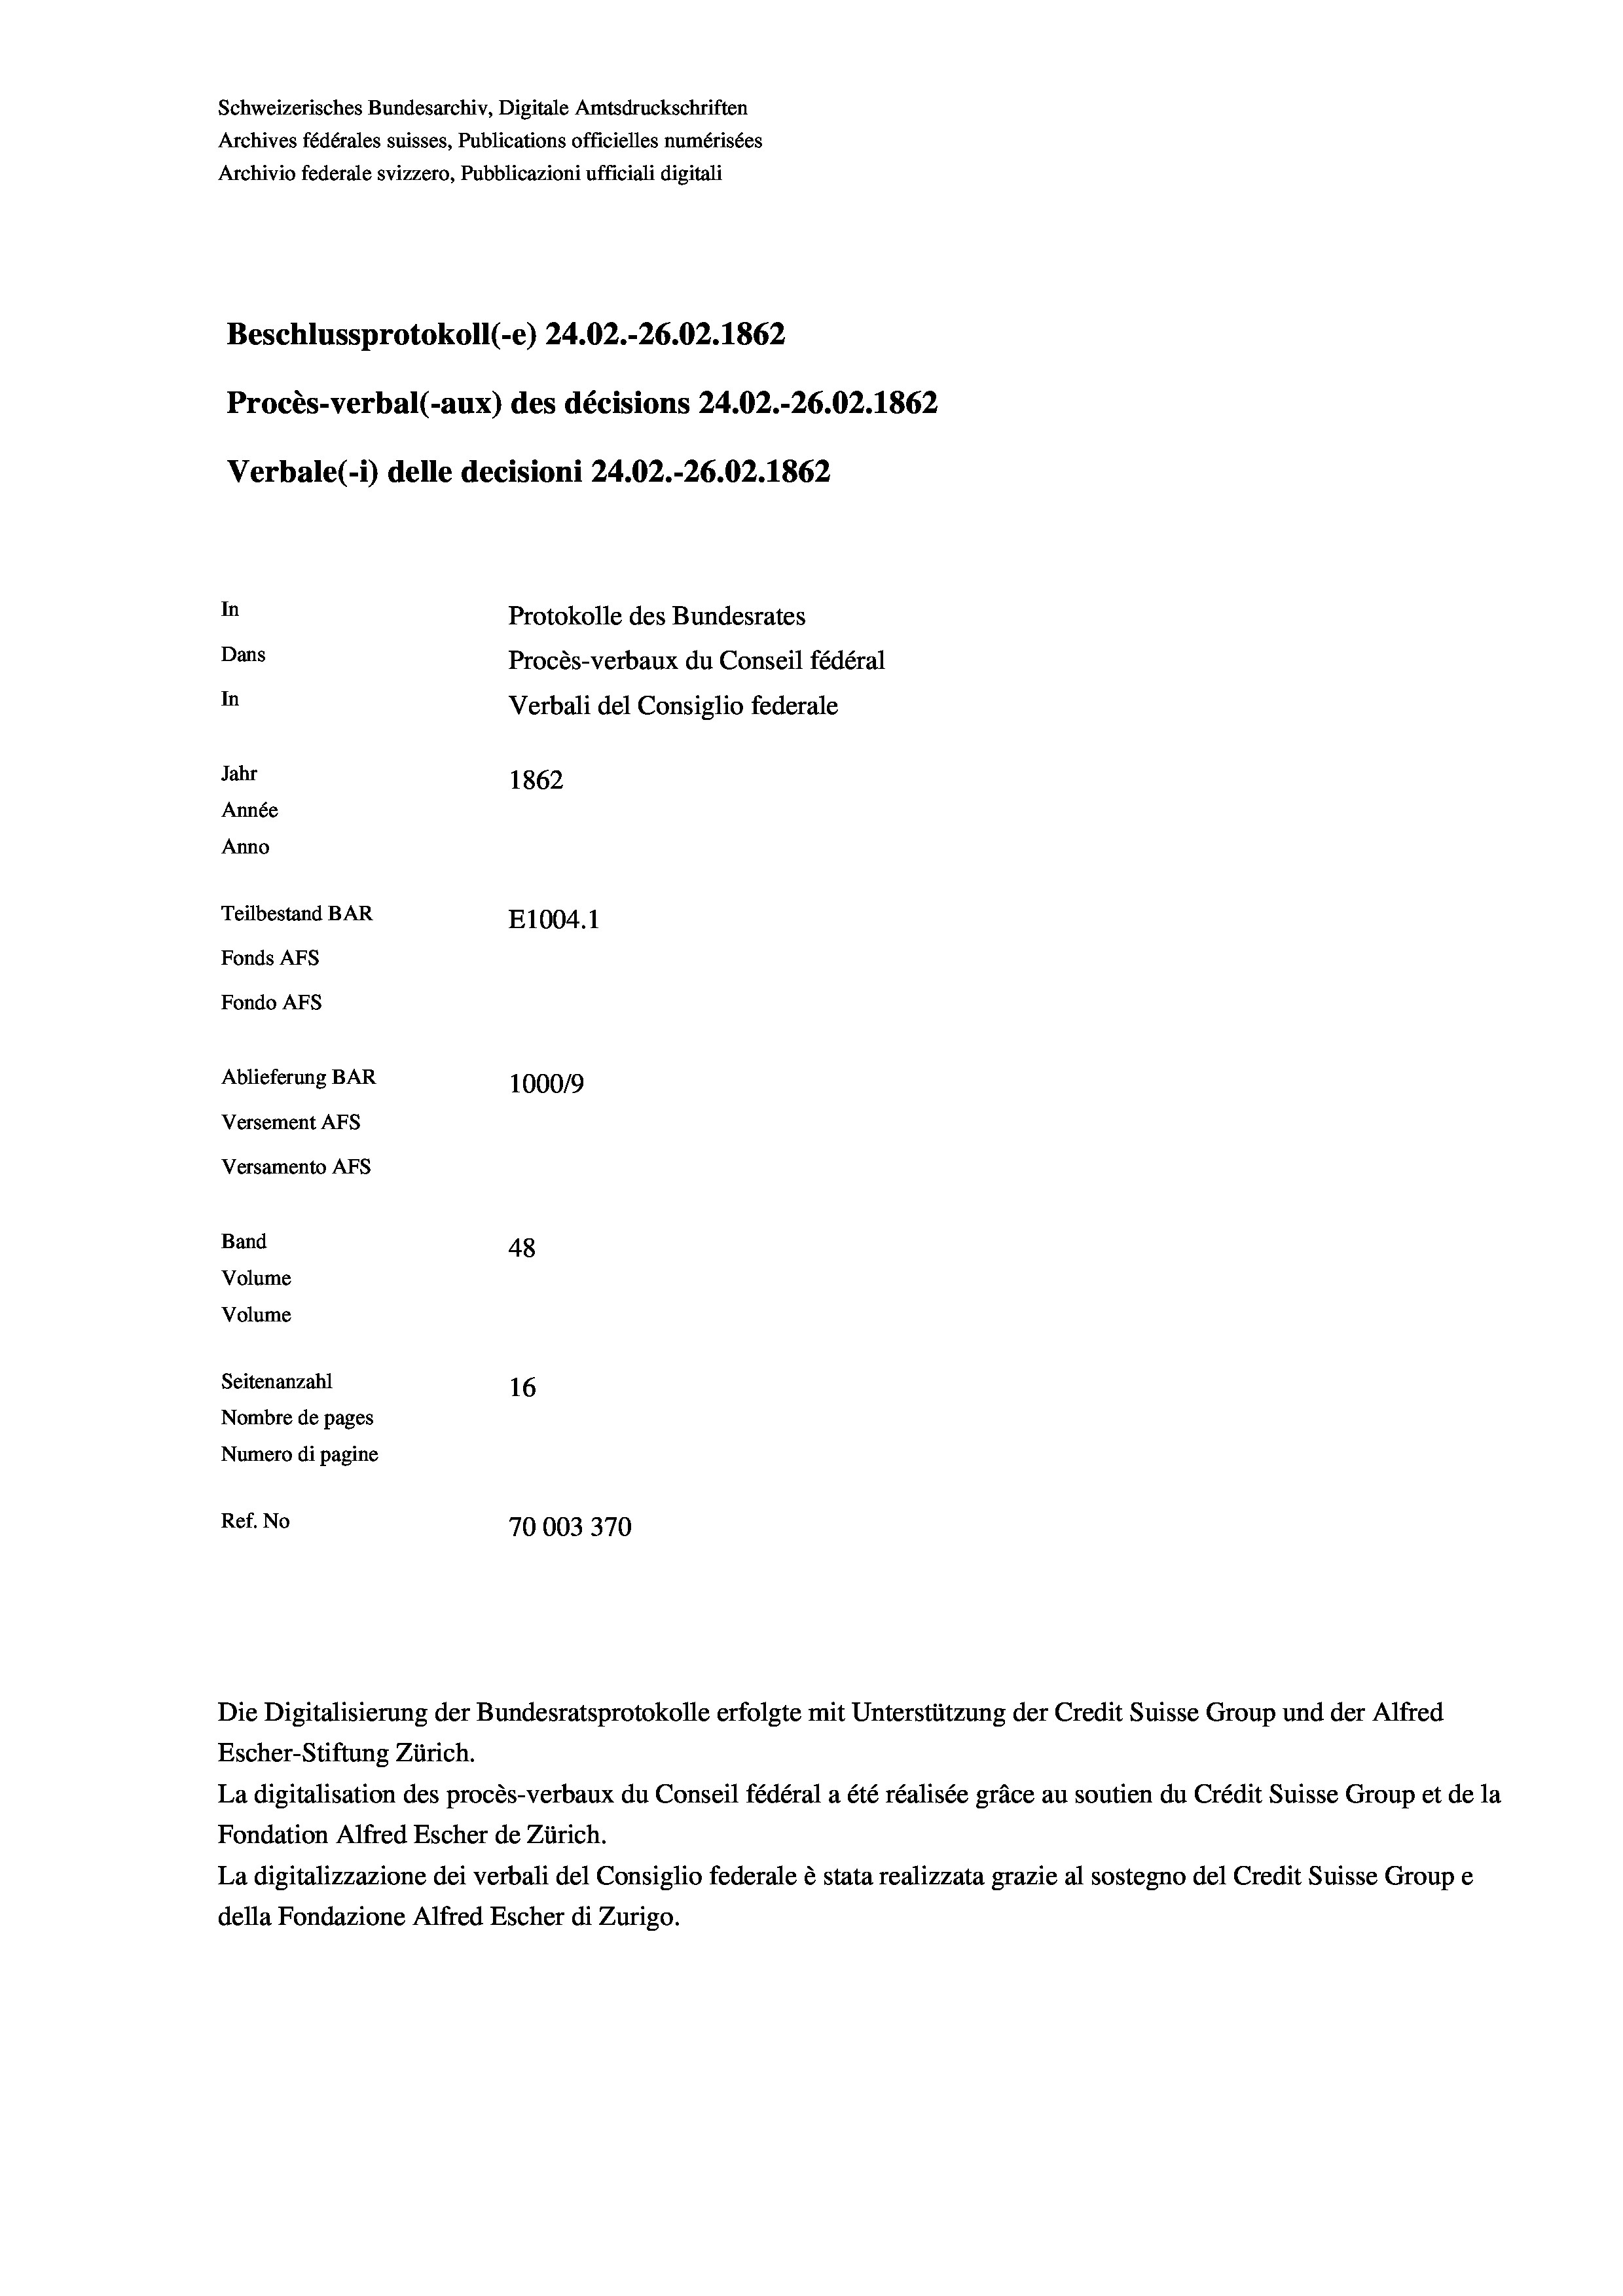
Schweizerisches Bundesarchiv, Digitale Amtsdruckschriften
Archives fédérales suisses, Publications officielles numérisées
Archivio federale svizzero, Pubblicazioni ufficiali digitali
Beschlussprotokoll (-e) 24.02.-26.02. 1862
Procès-verbal (-aux) des décisions 24.02.-26.02.1862
Verbale (1) delle decisioni 24.02.-26.02. 1862
In
Protokolle des Bundesrates
Dans
Procès-verbaux du Conseil fédéral
In
Verbali del Consiglio federale
Jahr
1862
Année
Anno
Teilbestand BAR
E1004. 1
Fonds AFs
Fondo AFS
Ablieferung BAR
100019
Versement AFs
Versamento AFs
Band
48
Volume
Volume
Seitenanzahl
16
Nombre de pages
Numero di pagine
Ref. No
70003370

Escher-Stiftung Zürich.
La digitalisation des procès-verbaux du Conseil fédéral a été réalisée gräce au soutien du Crédit Suisse Group et de la
Fondation Alfred Escher de Zürich.
La digitalizzazione dei verbali del Consiglio federale è stata realizzata grazie al sostegno del Credit Suisse Groupe
della Fondazione Alfred Escher di Zurigo.

Die Digitalisierung der Bundesratsprotokolle erfolgte mit Unterstützung der Credit Suisse Group und der Alfred